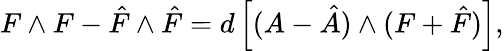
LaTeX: F\wedge F-\hat{F}\wedge\hat{F}=d\left[(A-\hat{A})\wedge(F+\hat{F})\right],